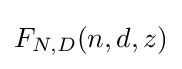
F_{N,D}({n,d},z)